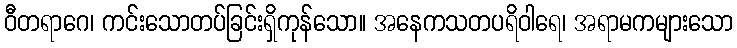
ဝီတရာဂေ၊ ကင်းသောတပ်ခြင်းရှိကုန်သော။ အနေကသတပရိဝါရေ၊ အရာမကများသော